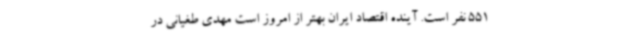
551 نفر است. آینده اقتصاد ایران بهتر از امروز است مهدی طغیانی در